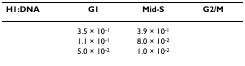
<table><thead><tr><td><b>H1:DNA</b></td><td><b>G1</b></td><td><b>Mid-S</b></td><td><b>G2/M</b></td></tr></thead><tbody><tr><td>[EMPTY_CELL]</td><td>3.5 × 10<sup>-1</sup></td><td>3.9 × 10<sup>-1</sup></td><td>[EMPTY_CELL]</td></tr><tr><td>[EMPTY_CELL]</td><td>1.1 × 10<sup>-1</sup></td><td>8.0 × 10<sup>-2</sup></td><td>[EMPTY_CELL]</td></tr><tr><td>[EMPTY_CELL]</td><td>5.0 × 10<sup>-2</sup></td><td>1.0 × 10<sup>-2</sup></td><td>[EMPTY_CELL]</td></tr></tbody></table>